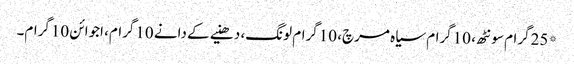
*25گرام سونٹھ، 10گرام سیاہ مرچ، 10گرام لونگ، دھنیے کے دانے 10گرام، اجوائن 10گرام۔